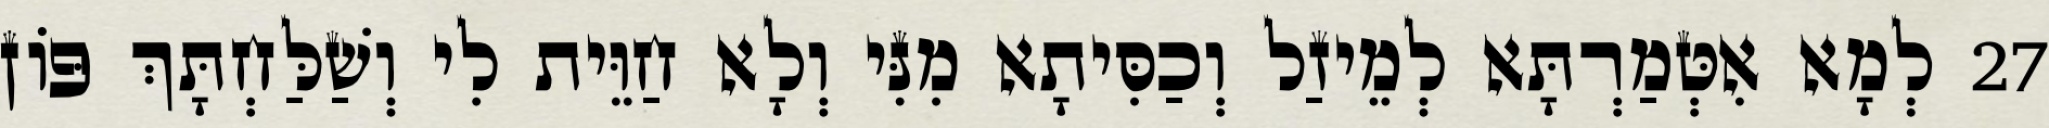
27 לְמָא אִטְּמַרְתָּא לְמֵיזַל וְכַסִּיתָא מִנִּי וְלָא חַוֵּית לִי וְשַׁלַּחְתָּךְ פּוֹן